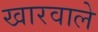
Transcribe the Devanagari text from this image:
खारवाले